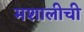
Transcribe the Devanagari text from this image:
मशालीची